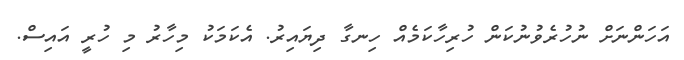
އަހަންނަށް ނުހުރެވުނުކަން ހުރިހާކަމެއް ހިނގާ ދިޔައިރު. އެކަމަކު މިހާރު މި ހުރީ އައިސް.